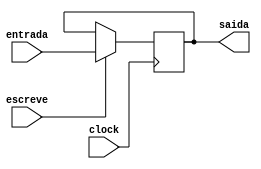
module registrador_8BITs(output reg [7:0] saida, input [7:0] entrada, input clock, escreve);

	always@(posedge clock)begin
		if(escreve == 1)
			saida<=entrada;
	end
endmodule